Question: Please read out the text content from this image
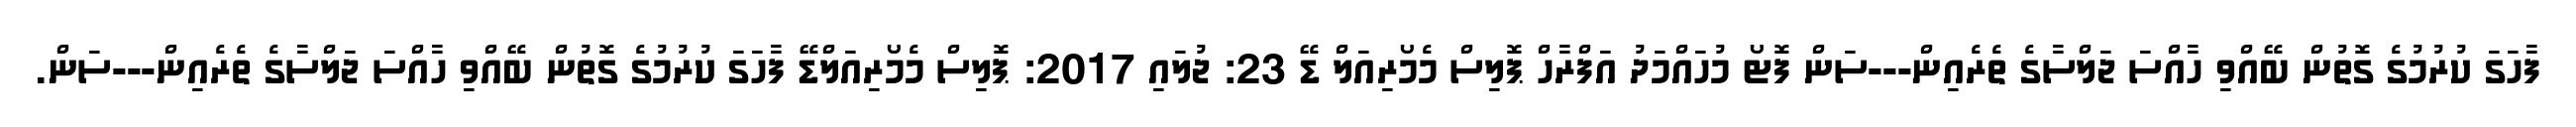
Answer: ފާހަގަ ކުރުމުގެ ގޮތުން ބޭއްވި ހާއްސަ ޖަލްސާގެ ތެރެއިން---ސަން ފޮޓޯ މުހައްމަދު އަފްރާހް ޕޮލިސް މެމޯރިއަލް ޑޭ 23: ޖުލައި 2017: ޕޮލިސް މެމޯރިއަލްޑޭ ފާހަގަ ކުރުމުގެ ގޮތުން ބޭއްވި ހާއްސަ ޖަލްސާގެ ތެރެއިން---ސަން.